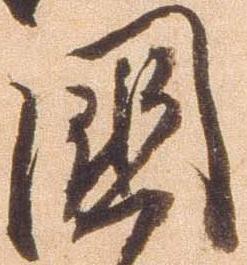
国